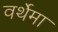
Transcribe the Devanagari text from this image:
वर्थेमा